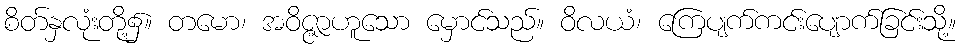
စိတ်နှလုံးတို့၌။ တမော၊ အဝိဇ္ဇာဟူသော မှောင်သည်။ ဝိလယံ၊ ကြေပျက်ကင်းပျောက်ခြင်းသို့။